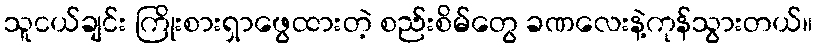
သူငယ်ချင်း ကြိုးစားရှာဖွေထားတဲ့ စည်းစိမ်တွေ ခဏလေးနဲ့ကုန်သွားတယ်။